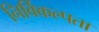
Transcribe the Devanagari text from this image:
निर्विकल्पता